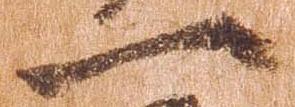
一